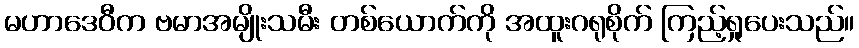
မဟာဒေဝီက ဗမာအမျိုးသမီး တစ်ယောက်ကို အထူးဂရုစိုက် ကြည့်ရှုပေးသည်။